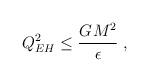
LaTeX: \begin{align*}Q_{EH}^{2}\leq \frac{G_{{}}M^{2}}{\epsilon }\;, \end{align*}